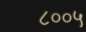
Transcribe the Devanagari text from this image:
८००५